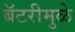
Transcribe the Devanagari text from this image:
बॅटरीमुळे